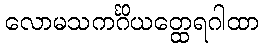
လောမသကင်္ဂိယတ္ထေရဂါထာ